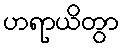
ဟရာယိတွာ